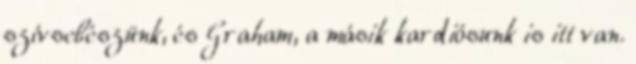
szívsebészünk, és Graham, a másik kardiósunk is itt van.